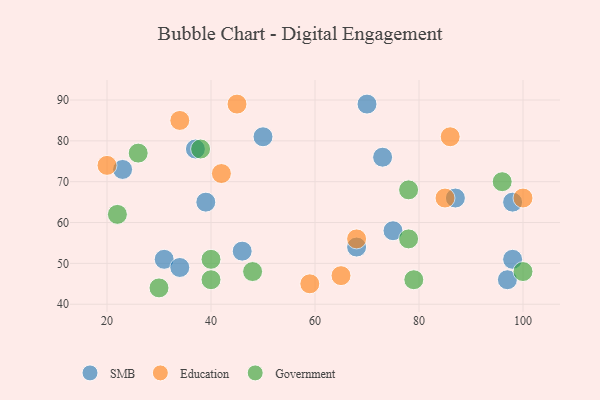
{"axis": {"x": "GDP", "y": "Life Expectancy"}, "legend": ["Education", "Government", "SMB"], "data": [{"x": "23", "y": 73, "type": "SMB"}, {"x": "31", "y": 51, "type": "SMB"}, {"x": "50", "y": 81, "type": "SMB"}, {"x": "87", "y": 66, "type": "SMB"}, {"x": "97", "y": 46, "type": "SMB"}, {"x": "70", "y": 89, "type": "SMB"}, {"x": "75", "y": 58, "type": "SMB"}, {"x": "34", "y": 49, "type": "SMB"}, {"x": "73", "y": 76, "type": "SMB"}, {"x": "46", "y": 53, "type": "SMB"}, {"x": "98", "y": 51, "type": "SMB"}, {"x": "98", "y": 65, "type": "SMB"}, {"x": "68", "y": 54, "type": "SMB"}, {"x": "39", "y": 65, "type": "SMB"}, {"x": "37", "y": 78, "type": "SMB"}, {"x": "86", "y": 81, "type": "Education"}, {"x": "42", "y": 72, "type": "Education"}, {"x": "65", "y": 47, "type": "Education"}, {"x": "100", "y": 66, "type": "Education"}, {"x": "34", "y": 85, "type": "Education"}, {"x": "20", "y": 74, "type": "Education"}, {"x": "59", "y": 45, "type": "Education"}, {"x": "68", "y": 56, "type": "Education"}, {"x": "85", "y": 66, "type": "Education"}, {"x": "45", "y": 89, "type": "Education"}, {"x": "40", "y": 46, "type": "Government"}, {"x": "22", "y": 62, "type": "Government"}, {"x": "78", "y": 68, "type": "Government"}, {"x": "48", "y": 48, "type": "Government"}, {"x": "78", "y": 56, "type": "Government"}, {"x": "79", "y": 46, "type": "Government"}, {"x": "96", "y": 70, "type": "Government"}, {"x": "38", "y": 78, "type": "Government"}, {"x": "40", "y": 51, "type": "Government"}, {"x": "26", "y": 77, "type": "Government"}, {"x": "100", "y": 48, "type": "Government"}, {"x": "30", "y": 44, "type": "Government"}]}